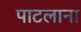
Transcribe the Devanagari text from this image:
पाटलाना